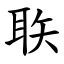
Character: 聅